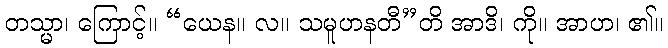
တသ္မာ၊ ကြောင့်။ “ယေန။ လ။ သမူဟနတီ”တိ အာဒိ၊ ကို။ အာဟ၊ ၏။